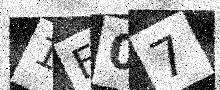
Text: 1F07